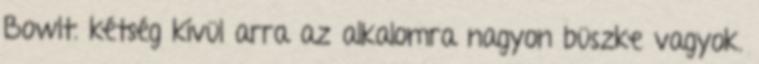
Bowlt. kétség kívül arra az alkalomra nagyon büszke vagyok.